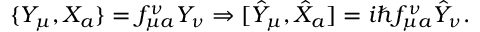
\{ Y _ { \mu } , X _ { a } \} = f _ { \mu a } ^ { \nu } Y _ { \nu } \Rightarrow [ \hat { Y } _ { \mu } , \hat { X } _ { a } ] = i \hbar f _ { \mu a } ^ { \nu } \hat { Y } _ { \nu } .